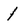
Character: 1